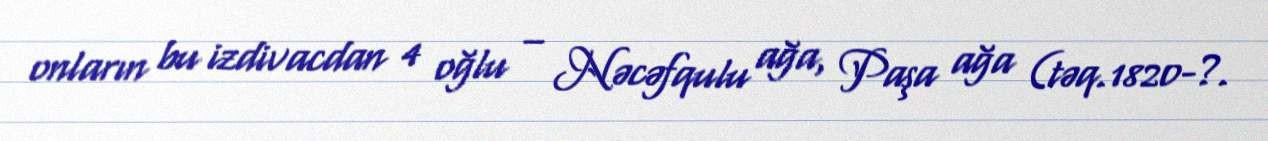
onların bu izdivacdan 4 oğlu – Nəcəfqulu ağa, Paşa ağa (təq.1820-?.